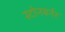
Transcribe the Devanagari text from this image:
स्टोनबर्नर